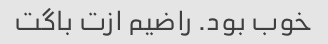
خوب بود. راضیم ازت باگت